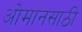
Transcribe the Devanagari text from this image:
ओमानसाठी